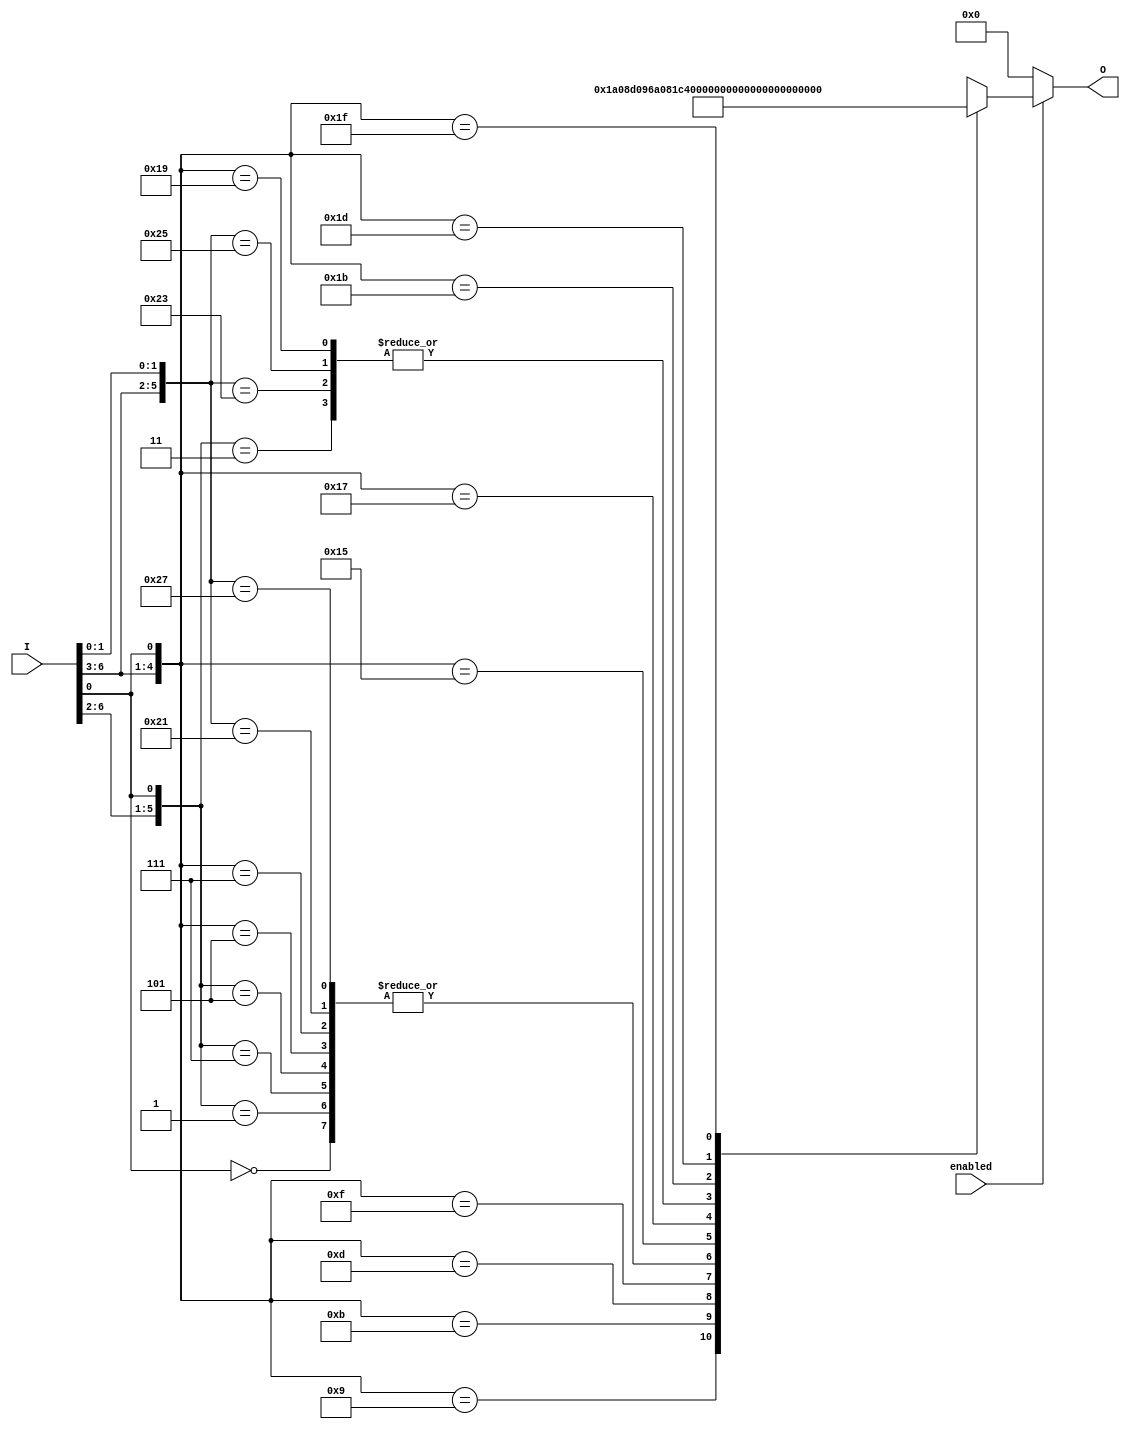
//Laboratorio 09 Electronica Digital
//Diego Esrada 19264
//Ejercicio 05

module ROML(
    input wire enabled,
    input wire [6:0]I,
    output reg [12:0]O);

        always @ (enabled or I)begin
                O = 0;
            if ( enabled )
                casex (I)
                    7'bxxxxxx0: O <= 13'b1000000001000;
                    7'b00001x1: O <= 13'b0100000001000;
                    7'b00000x1: O <= 13'b1000000001000;
                    7'b00011x1: O <= 13'b1000000001000;
                    7'b00010x1: O <= 13'b1000000001000;
                    7'b0010xx1: O <= 13'b1000000001000;
                    7'b0011xx1: O <= 13'b1000000001000;
                    7'b0100xx1: O <= 13'b0011010000010;
                    7'b0101xx1: O <= 13'b0011010000100;
                    7'b0110xx1: O <= 13'b1011010100000;
                    7'b0111xx1: O <= 13'b1000000111000;
                    7'b1000x11: O <= 13'b0100000001000;
                    7'b1000x01: O <= 13'b1000000001000;
                    7'b1001x11: O <= 13'b1000000001000;
                    7'b1001x01: O <= 13'b0100000001000;
                    7'b1010xx1: O <= 13'b0011011000010;
                    7'b1011xx1: O <= 13'b1011011100000;
                    7'b1100xx1: O <= 13'b0100000001000;
                    7'b1101xx1: O <= 13'b0000000001001;
                    7'b1110xx1: O <= 13'b0011100000010;
                    7'b1111xx1: O <= 13'b1011100100000;
                endcase
        end
endmodule